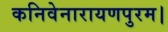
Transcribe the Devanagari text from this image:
कनिवेनारायणपुरम।